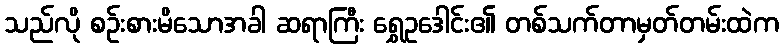
သည်လို စဉ်းစားမိသောအခါ ဆရာကြီး ရွှေဥဒေါင်း၏ တစ်သက်တာမှတ်တမ်းထဲက